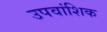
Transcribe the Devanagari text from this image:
उपवांशिक